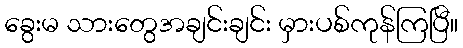
ခွေးမ သားတွေအချင်းချင်း မှားပစ်ကုန်ကြပြီ။